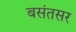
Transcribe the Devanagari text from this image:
बसंतसर